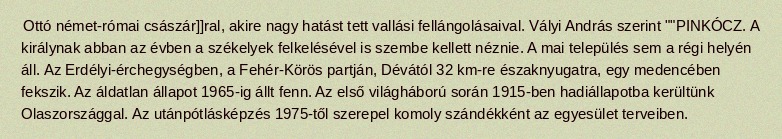
Ottó német-római császár]]ral, akire nagy hatást tett vallási fellángolásaival. Vályi András szerint ""PINKÓCZ. A királynak abban az évben a székelyek felkelésével is szembe kellett néznie. A mai település sem a régi helyén áll. Az Erdélyi-érchegységben, a Fehér-Körös partján, Dévától 32 km-re északnyugatra, egy medencében fekszik. Az áldatlan állapot 1965-ig állt fenn. Az első világháború során 1915-ben hadiállapotba kerültünk Olaszországgal. Az utánpótlásképzés 1975-től szerepel komoly szándékként az egyesület terveiben.